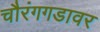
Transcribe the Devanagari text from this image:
चौरंगगडावर